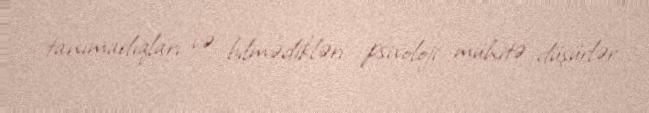
tanımadıqları və bilmədikləri psixoloji mühitə düşürlər.